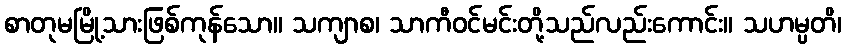
စာတုမမြို့သားဖြစ်ကုန်သော။ သကျာစ၊ သာကီဝင်မင်းတို့သည်လည်းကောင်း။ သဟမ္ပတိ၊